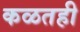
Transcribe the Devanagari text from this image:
कळतही